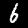
Digit: 6